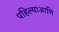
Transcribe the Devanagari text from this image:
पहिल्याआणि